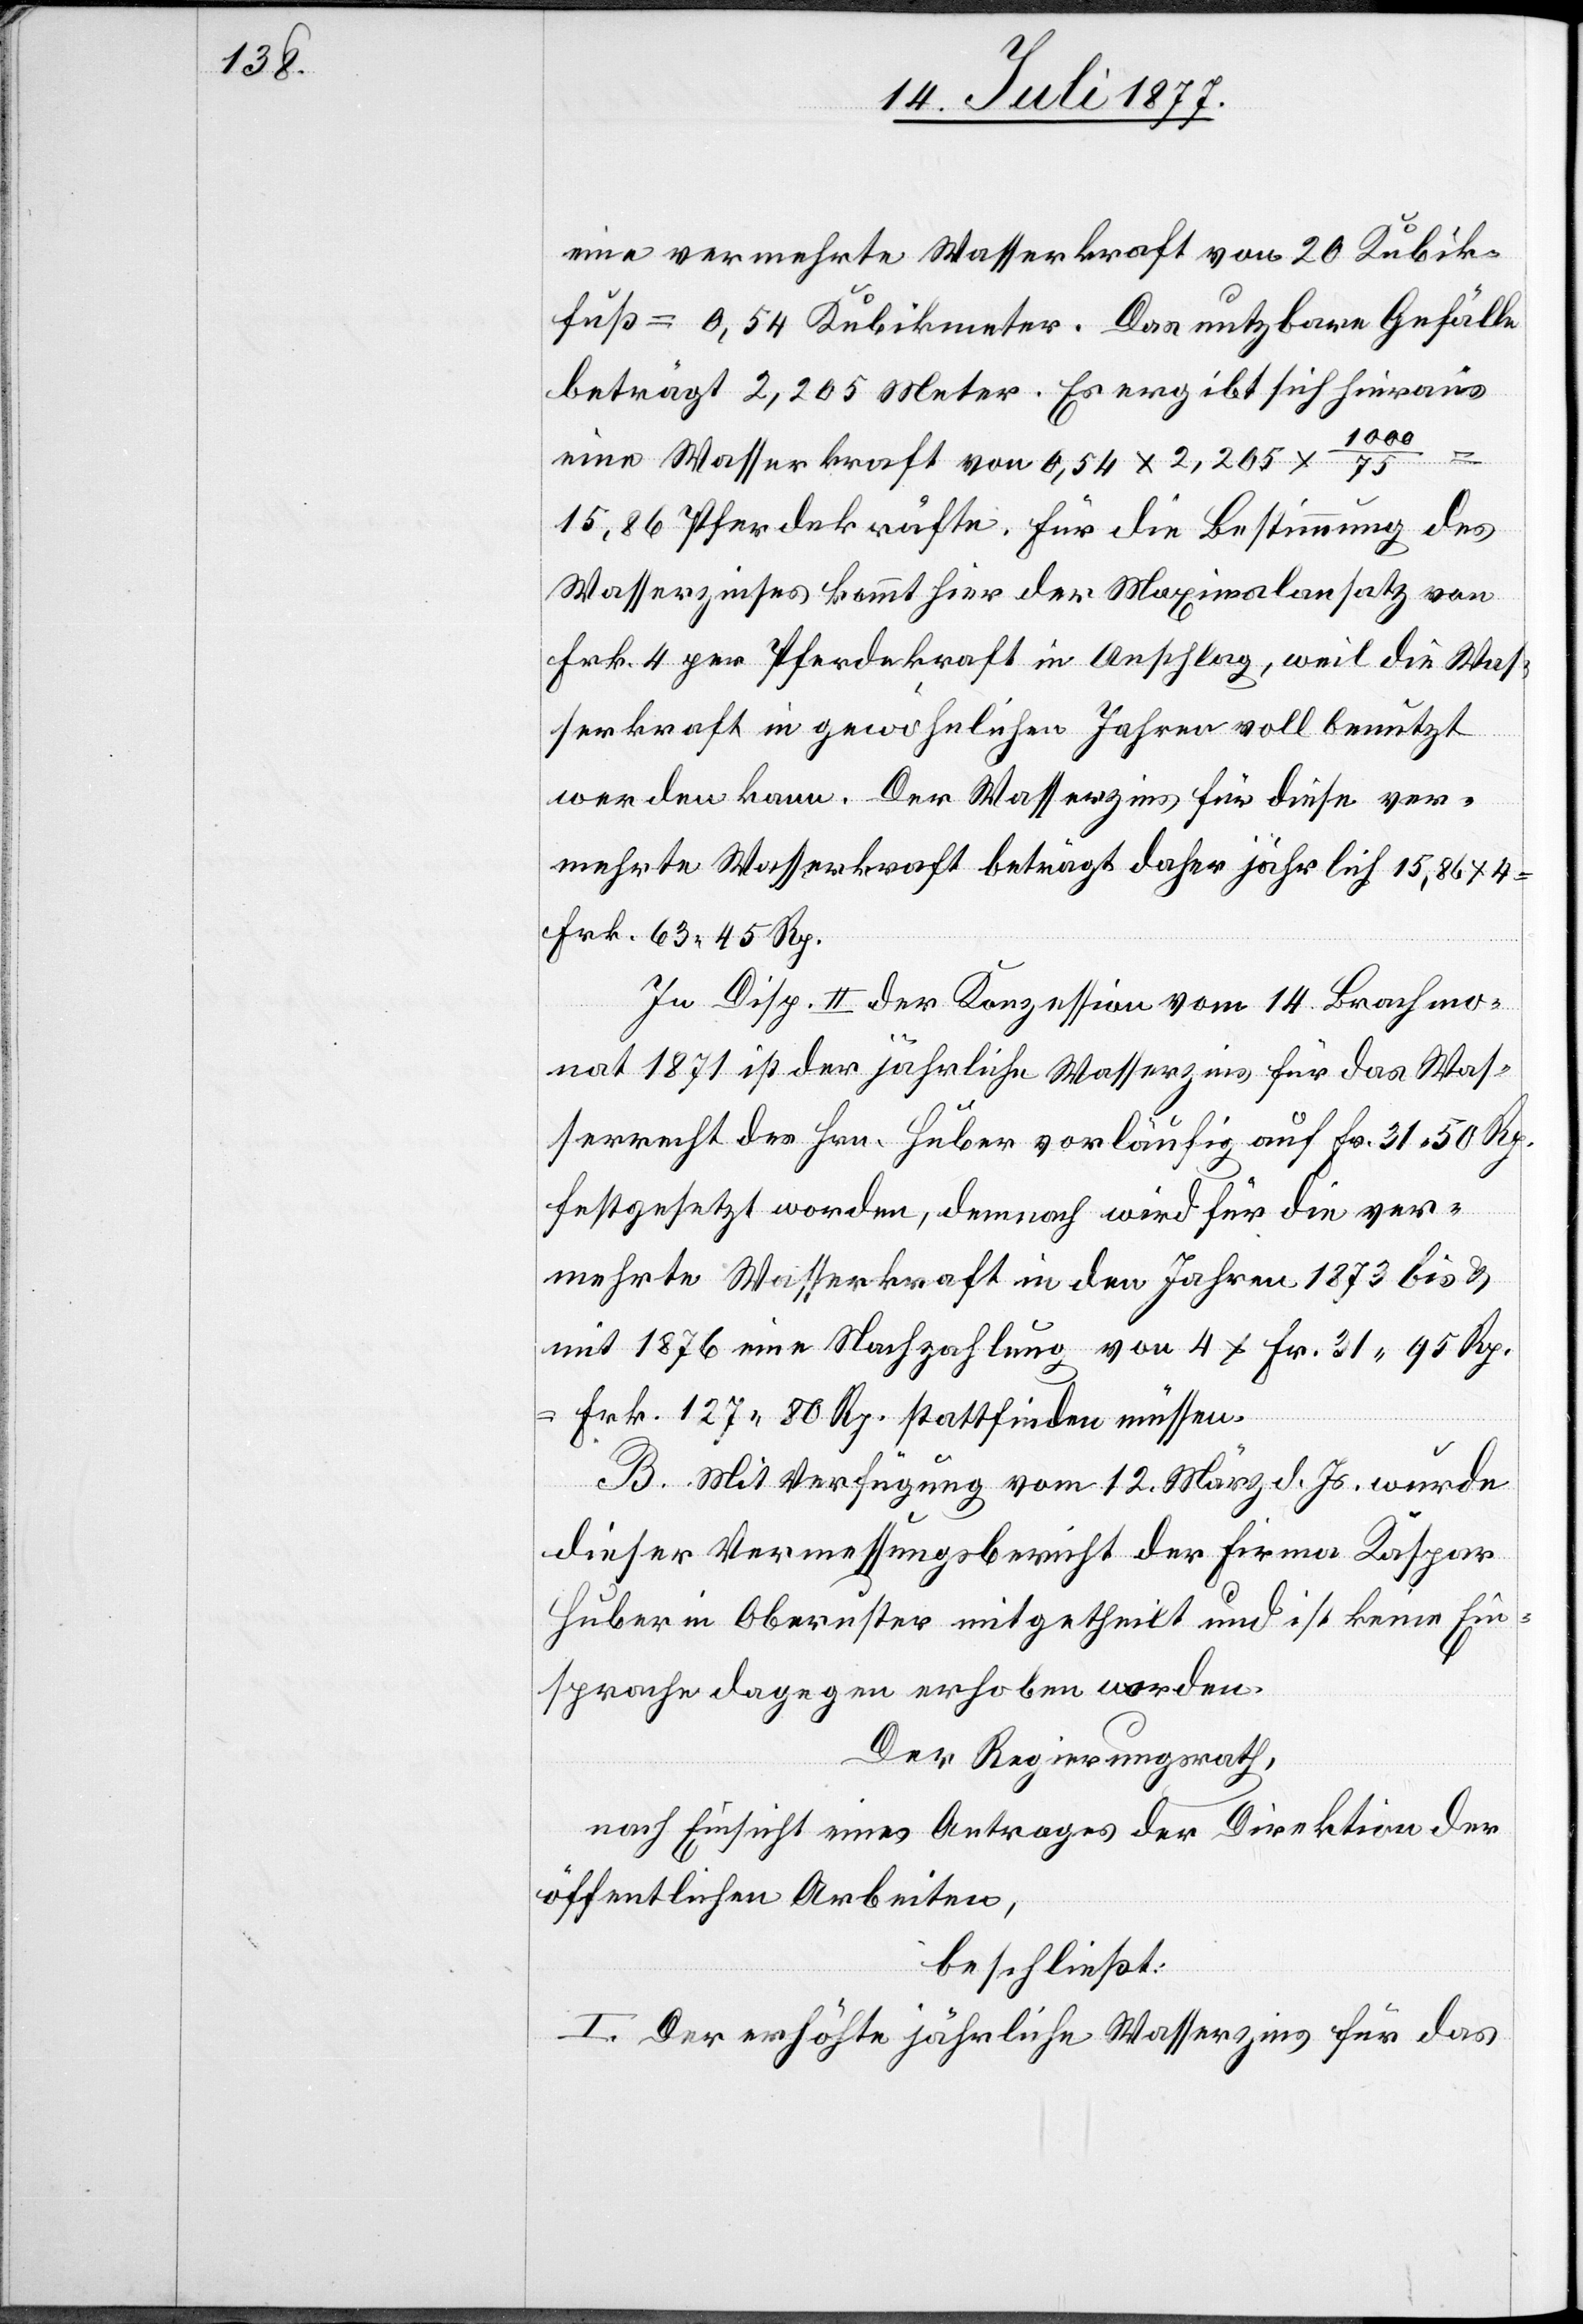
eine vermehrte Wasserkraft von 20 Kubik¬
fuß = 0,54 Kubikmeter. Das nutzbare Gefälle
beträgt 2,205 Meter. Es ergibt sich hieraus
1000
eine Wasserkraft von 0,54 x 2,205 x
15,86 Pferdekräfte. Für die Bestimmung des
Wasserzinses kommt hier der Maximalansatz von
Frk. 4 per Pferdekraft in Anschlag, weil die Was¬
serkraft in gewöhnlichen Jahren voll benutzt
werden kann. Der Wasserzins für diese ver¬
mehrte Wasserkraft beträgt daher jährlich 15,86 x 4
Frk. 63 45 Rp.
In Disp. II der Konzession vom 14. Brachmo¬
nat 1871 ist der jährliche Wasserzins für das Was¬
serrecht des Hrn. Huber vorläufig auf Fr. 31 50 Rp.
festgesetzt worden, demnach wird für die ver¬
mehrte Wasserkraft in den Jahren 1873 bis &
mit 1876 eine Nachzahlung von 4 x Fr. 31 95 Rp.
Frk. 127 80 Rp. stattfinden müssen.
B. Mit Verfügung vom 12. März d. Js. wurde
dieser Vermessungsbericht der Firma Kaspar
Huber in Oberuster mitgetheilt und ist keine Ein¬
sprache dagegen erhoben worden.
Der Regierungsrath,
nach Einsicht eines Antrages der Direktion der
öffentlichen Arbeiten,
beschließt:
I. Der erhöhte jährliche Wasserzins für das